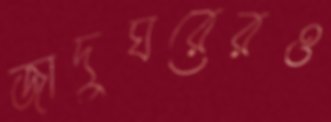
জাদুঘরেরও